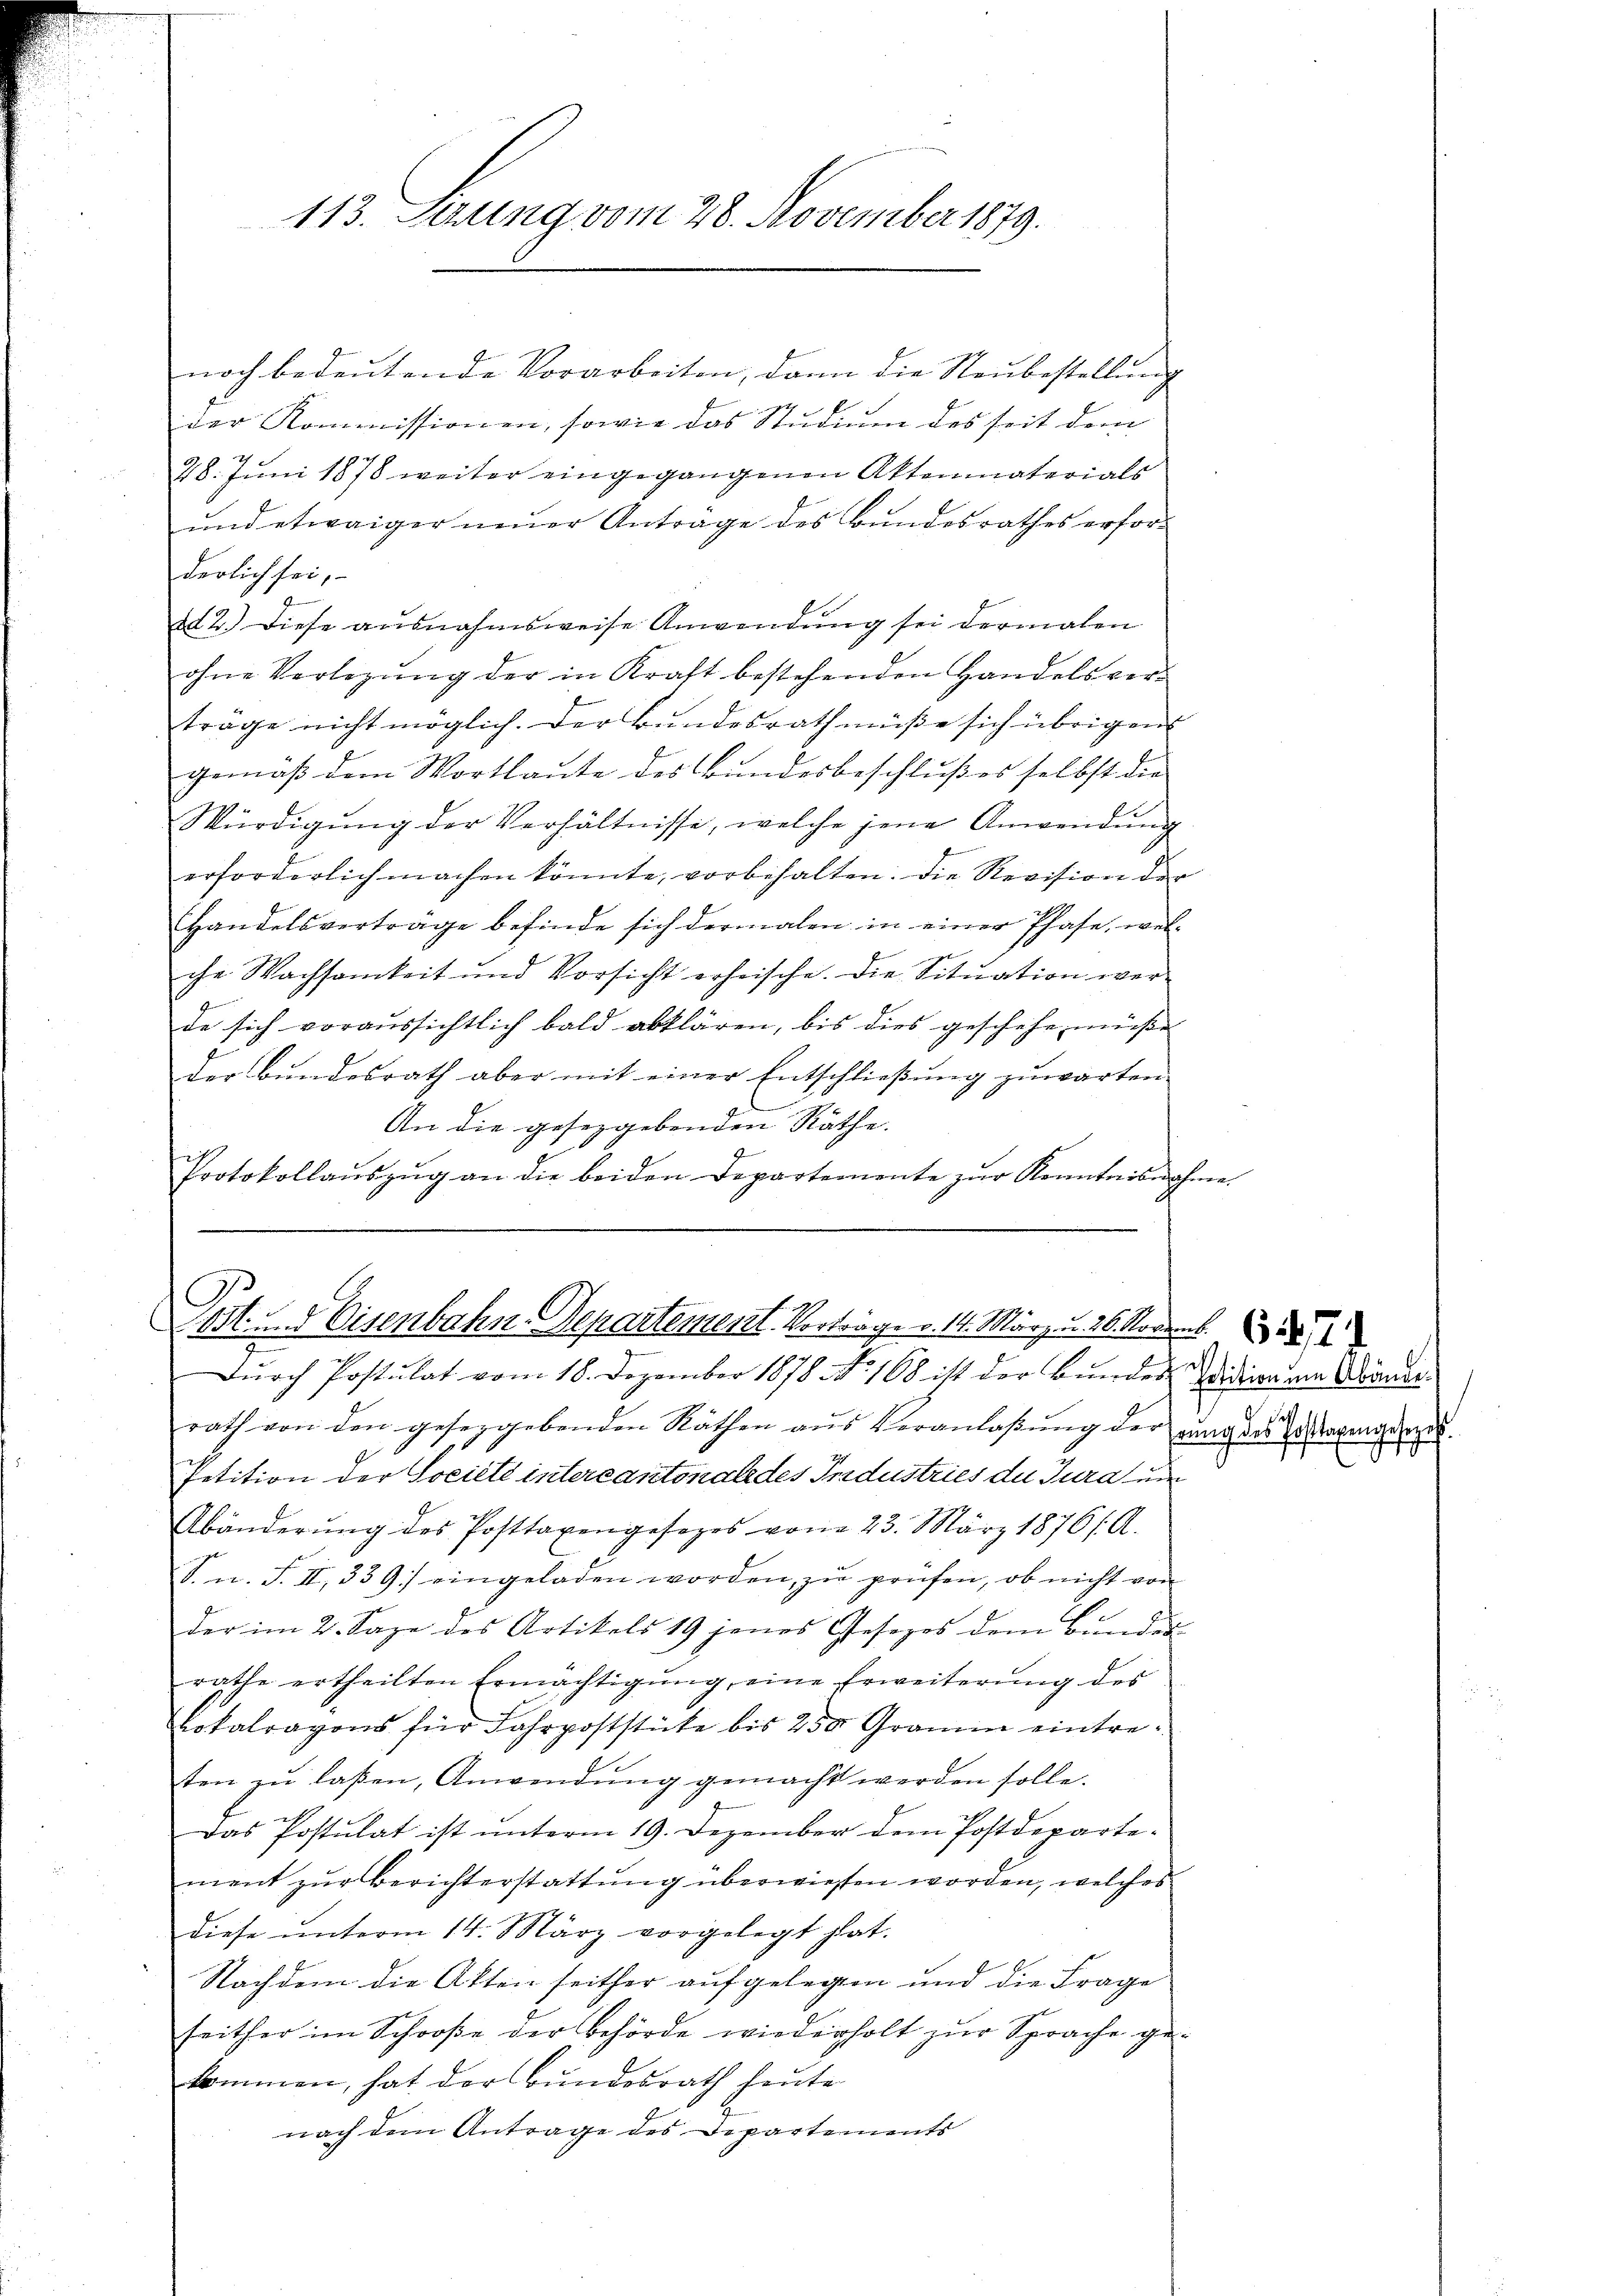
113. Sezung vom 28. November 1879.

noch bedeŭtende Vorarbeiten, dann die Neŭbestellŭng
der Kommissionen, sowie das Studium des seit dem
28. Juni 1878 weiter eingegangenen Aktenmaterials
und etwaiger neuer Anträge des Bundesrathes erforderlich sei,
ad 2.) Diese ausnahmsweise Anwendung sei dermalen
ohne Verlegŭng der in Kraft bestehenden Handelsver-
träge nicht möglich. Der Bundesrath müße sich übrigen
gemäß dem Wortlaute des Bundesbeschlußes selbst die
Würdigŭng der Verhältnisse, welche jene Anwendung
erforderlich machen könnte, vorbehalten. Die Revision der
Handelsverträge befinde sich dermalen in einer Phase, wel-
chr Wachsamkeit und Vorsicht erheische. Die Situation werde sich voraussichtlich bald abklären, bis dies geschehe müße
der Bŭndesrath aber mit einer Entschließung zuwarten.
An die gesetzgebenden Räthe.
Protokollaŭszŭg an die beiden Departemente zŭr Kenntnisnahme.

Post. Eisenbahn-Departement. Vorträge v. 14. März 26. Novemb
Dŭrch Postulat vom 18. Dezember 1878 NNo. 168 ist der Bundes Vidica am Brande

rath von den gesezgebenden Räthen aus Veranlaßung der gung des Ertragung de
Petition der Société intercantonale des Industries du Jura un
Abänderŭng des Posttaxengesezes vom 23. März 1876/. A.
S. n. F. II, 339 eingeladen worden, zŭ prüfen, ob nicht von
der im 2. Sage des Artikels 19 jenes Gesezes dem Bŭndes
rathe ertheilten Ermächtigŭng, eine Erweiterŭng des
Lokalragons für Fahrpoststücke bis 250 Gramin eintre-
ten zŭ laßen, Anwendŭng gemacht werden solle.
Das Postulat ist unterm 19. Dezember dem Postdepartement zur Berichterstattung überwiesen worden, welches
diese ŭnterm 14. März vorgelegt hat.
Nachdem die Akten seither aufgelegen und die Frage
feither im Schooße der Behörde wiederholt zŭr Sprache ge-
kommen, hat der Bundesrath heute
nach dem Antrage des Departements

da